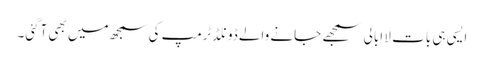
ایسی ہی بات لا ابالی سمجھے جانے والے ڈونلڈٹرمپ کی سمجھ میں بھی آگئی۔